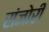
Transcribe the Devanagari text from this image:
संजोरी